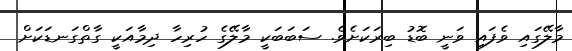
މާލޭގައި ވެފައި ވަނީ ބޮޑު ބިރަކަށެވެ. ސަބަބަކީ މާލޭގެ ހުރިހާ ދިމާއަކީ ގާތްގަނޑަކަށް